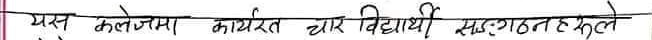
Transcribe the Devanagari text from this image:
यस कलेजमा कार्यरत चार विद्यार्थी संघटनेत खुले